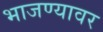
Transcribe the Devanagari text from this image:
भाजण्यावर